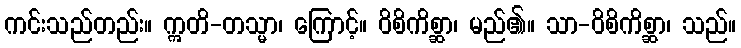
ကင်းသည်တည်း။ ဣတိ-တသ္မာ၊ ကြောင့်။ ဝိစိကိစ္ဆာ၊ မည်၏။ သာ-ဝိစိကိစ္ဆာ၊ သည်။